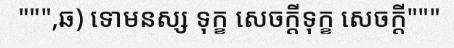
""",ឆ) ទោមនស្ស ទុក្ខ សេចក្តីទុក្ខ សេចក្តី"""